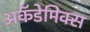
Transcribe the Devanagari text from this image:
अकॅडेमिक्स